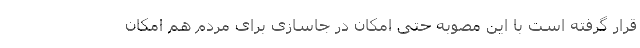
قرار گرفته است با این مصوبه حتی امکان در جاسازی برای مردم هم امکان